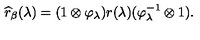
\widehat { r } _ { \beta } ( \lambda ) = ( 1 \otimes \varphi _ { \lambda } ) r ( \lambda ) ( \varphi _ { \lambda } ^ { - 1 } \otimes 1 ) .